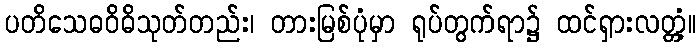
ပတိသေဓဝိဓိသုတ်တည်း၊ တားမြစ်ပုံမှာ ရုပ်တွက်ရာ၌ ထင်ရှားလတ္တံ့။